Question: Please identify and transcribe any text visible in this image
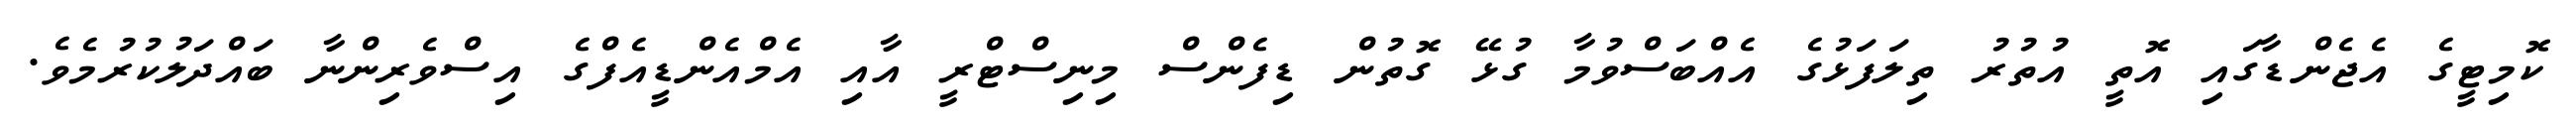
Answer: ކޮމިޓީގެ އެޖެންޑާގައި އޮތީ އުތުރު ތިލަފަޅުގެ އެއްބަސްވުމާ ގުޅޭ ގޮތުން ޑިފެންސް މިނިސްޓްރީ އާއި އެމްއެންޑީއެފްގެ އިސްވެރިންނާ ބައްދަލުކުރުމެވެ.